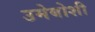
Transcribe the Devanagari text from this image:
उमेबोशी